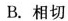
B.相切